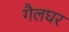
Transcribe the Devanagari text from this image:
गैलघर